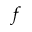
f